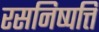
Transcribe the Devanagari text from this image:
रसनिष्पत्ति